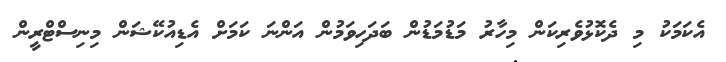
އެކަމަކު މި ދެކޮޅުވެރިކަން މިހާރު މަޑުމަޑުން ބަދަހިވަމުން އަންނަ ކަމަށް އެޑިއުކޭޝަން މިނިސްޓްރީން